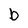
Character: b